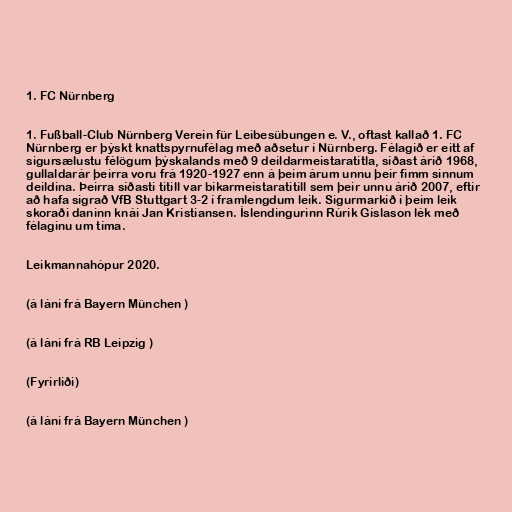
1. FC Nürnberg

1. Fußball-Club Nürnberg Verein für Leibesübungen e. V., oftast kallað 1. FC
Nürnberg er þýskt knattspyrnufélag með aðsetur í Nürnberg. Félagið er eitt af
sigursælustu félögum þýskalands með 9 deildarmeistaratitla, síðast árið 1968,
gullaldarár þeirra voru frá 1920-1927 enn á þeim árum unnu þeir fimm sinnum
deildina. Þeirra síðasti titill var bikarmeistaratitill sem þeir unnu árið 2007, eftir
að hafa sigrað VfB Stuttgart 3-2 í framlengdum leik. Sigurmarkið í þeim leik
skoraði daninn knái Jan Kristiansen. Íslendingurinn Rúrik Gíslason lék með
félaginu um tíma.

Leikmannahópur 2020.

(á láni frá Bayern München )

(á láni frá RB Leipzig )

(Fyrirliði)

(á láni frá Bayern München )